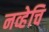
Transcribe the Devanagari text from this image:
नव्हेचि